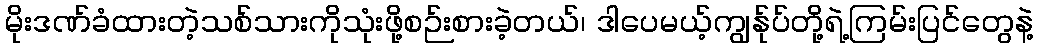
မိုးဒဏ်ခံထားတဲ့သစ်သားကိုသုံးဖို့စဉ်းစားခဲ့တယ်၊ ဒါပေမယ့်ကျွန်ုပ်တို့ရဲ့ကြမ်းပြင်တွေနဲ့